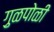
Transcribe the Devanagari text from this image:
गु़ळपोळी